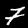
Label: 7